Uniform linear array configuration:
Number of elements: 4
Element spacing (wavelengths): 0.75
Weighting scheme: kaiser
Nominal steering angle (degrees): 30
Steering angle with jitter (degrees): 28.136
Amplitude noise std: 0.05
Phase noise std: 0.05

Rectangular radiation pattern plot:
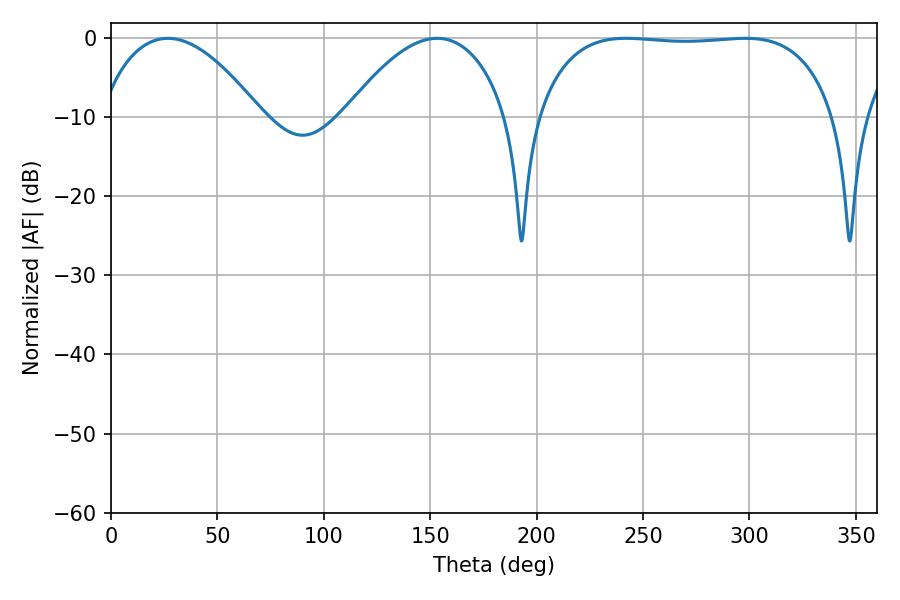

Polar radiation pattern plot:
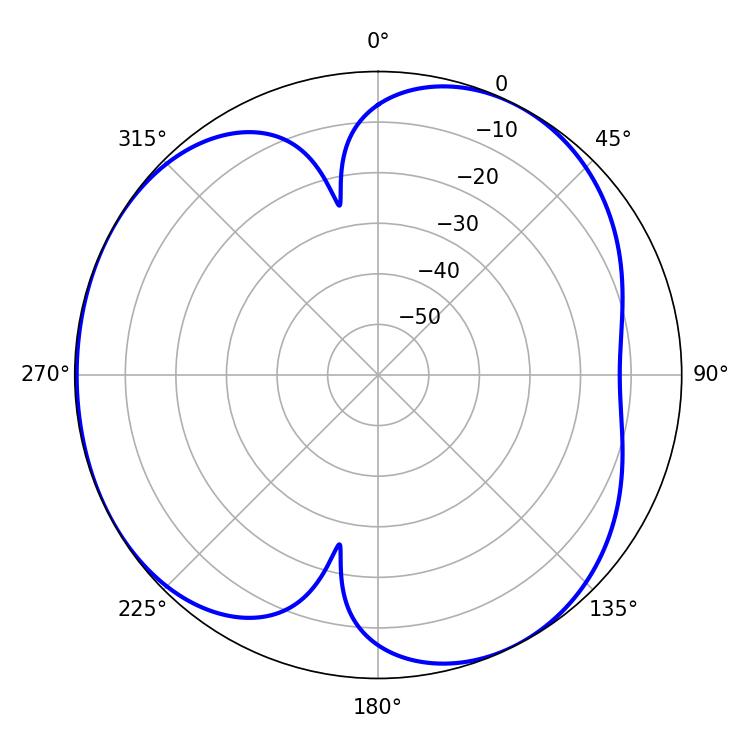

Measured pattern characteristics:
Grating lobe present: TRUE
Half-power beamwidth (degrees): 110.52
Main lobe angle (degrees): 242.1